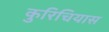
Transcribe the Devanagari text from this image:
कुरिचियास